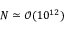
N \simeq \mathcal { O } ( 1 0 ^ { 1 2 } )